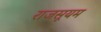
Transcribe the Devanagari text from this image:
राजसूयम